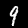
Digit: 9